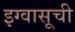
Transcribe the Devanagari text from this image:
इग्वासूची